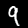
Digit: 9